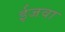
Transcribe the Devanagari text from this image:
ईजवा